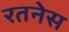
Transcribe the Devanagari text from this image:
रतनेस